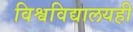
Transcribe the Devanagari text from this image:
विश्वविद्यालयही